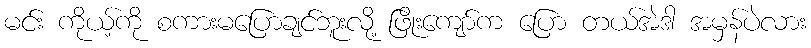
မင်း ကိုယ့်ကို စကားမပြောချင်ဘူးလို့ ဖြိုးကျော်က ပြော တယ်အဲဒါ အမှန်ပဲလား